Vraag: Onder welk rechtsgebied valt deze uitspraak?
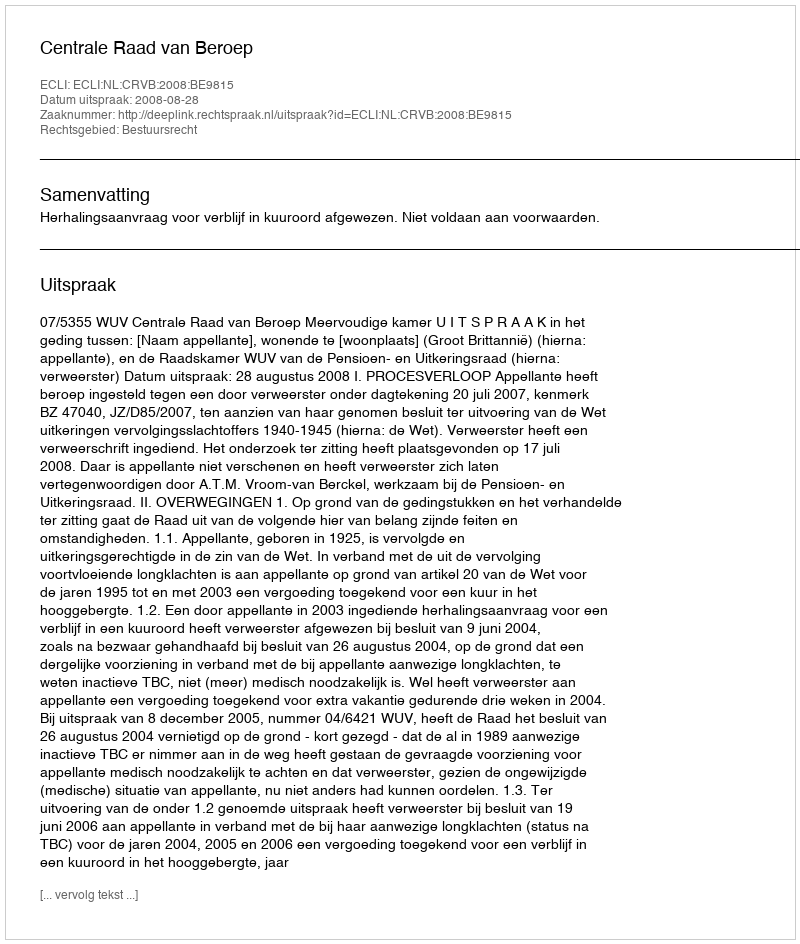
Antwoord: Bestuursrecht